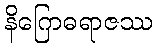
နိဂြောဓရာဇဿ